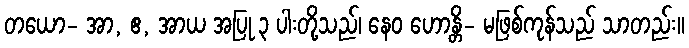
တယော- အာ, ဧ, အာယ အပြု ၃ ပါးတို့သည်၊ နေဝ ဟောန္တိ- မဖြစ်ကုန်သည် သာတည်း။